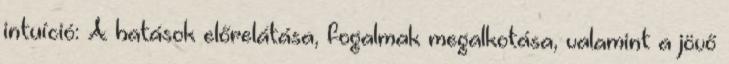
intuíció: A hatások előrelátása, fogalmak megalkotása, valamint a jövő